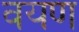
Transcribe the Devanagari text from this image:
वयण